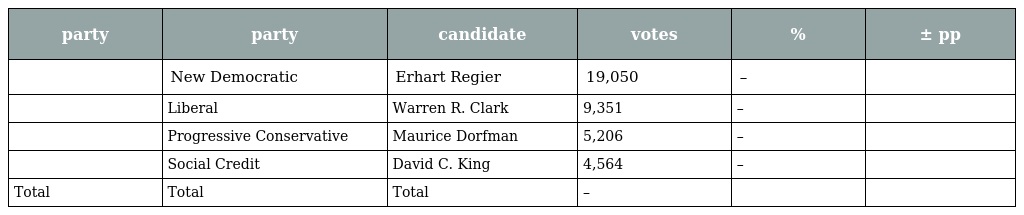
| party | party | candidate | votes | % | ± pp |
 | --- | --- | --- | --- | --- | --- |
 |  | New Democratic | Erhart Regier | 19,050 | – |  |
 |  | Liberal | Warren R. Clark | 9,351 | – |  |
 |  | Progressive Conservative | Maurice Dorfman | 5,206 | – |  |
 |  | Social Credit | David C. King | 4,564 | – |  |
 | Total | Total | Total | – |  |  |